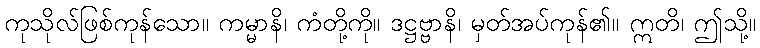
ကုသိုလ်ဖြစ်ကုန်သော။ ကမ္မာနိ၊ ကံတို့ကို။ ဒဋ္ဌဗ္ဗာနိ၊ မှတ်အပ်ကုန်၏။ ဣတိ၊ ဤသို့။